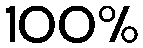
100%